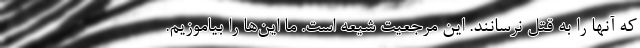
که آنها را به قتل نرسانند. این مرجعیت شیعه است. ما این‌ها را بیاموزیم.